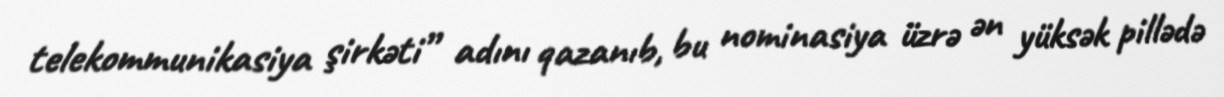
telekommunikasiya şirkəti” adını qazanıb, bu nominasiya üzrə ən yüksək pillədə